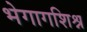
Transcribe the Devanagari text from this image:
भेगागशिश्न